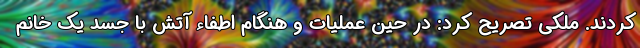
کردند. ملکی تصریح کرد: در حین عملیات و هنگام اطفاء آتش با جسد یک خانم